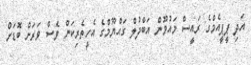
އަދި ޕީޕީއެމްގެ ރައީސް މައުމޫން އަބްދުލް ގައްޔޫމްގެ އެހީތެރިކަން ވެސް ވަރަށް ބޮޑަށް